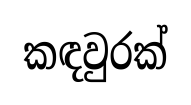
කඳවුරක්